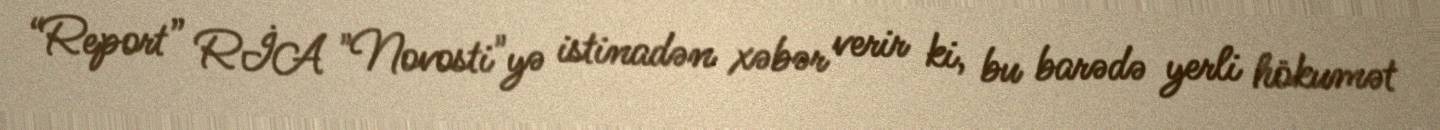
“Report” RİA "Novosti"yə istinadən xəbər verir ki, bu barədə yerli hökumət